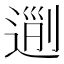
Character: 𨔜